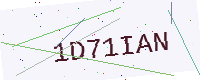
Text: 1D71IAN